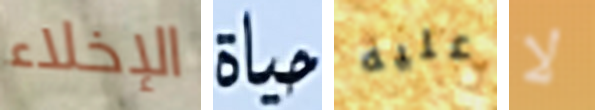
الإخلاء حياة عليه لا